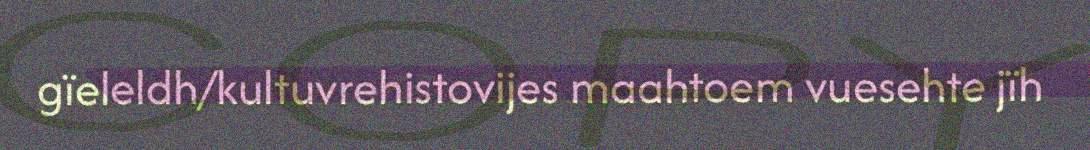
gïeleldh/kultuvrehistovijes maahtoem vuesehte jïh